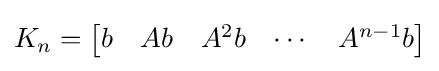
K_{n}={\begin{bmatrix}b&Ab&A^{2}b&\cdots &A^{n-1}b\end{bmatrix}}